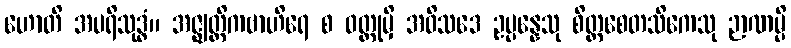
ဟောတိ အပရိသုဒ္ဓံ။ အဇ္ဈတ္တိကဗာဟိရေ စ ဝတ္ထုမှိ အဝိသဒေ ဥပ္ပန္နေသု စိတ္တစေတသိကေသု ဉာဏမ္ပိ